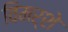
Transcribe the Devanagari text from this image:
विमर्शे